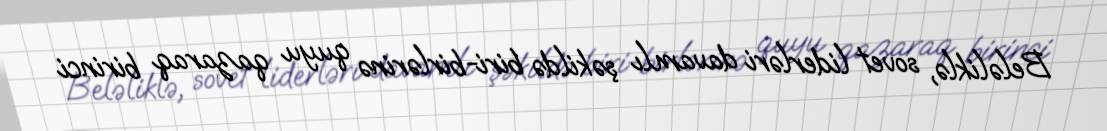
Beləliklə, sovet liderləri davamlı şəkildə biri-birlərinə quyu qazaraq birinci